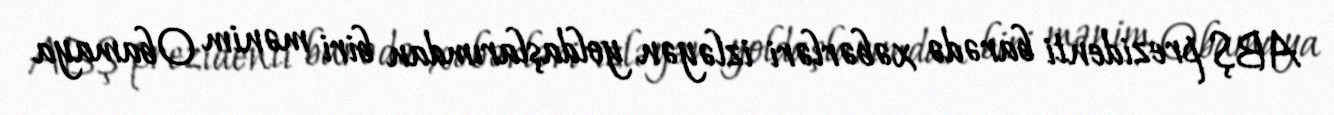
ABŞ prezidenti barədə xəbərləri izləyən yoldaşlarımdan biri mənim Obamaya